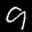
Label: 9